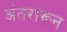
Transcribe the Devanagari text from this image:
अंतरारून